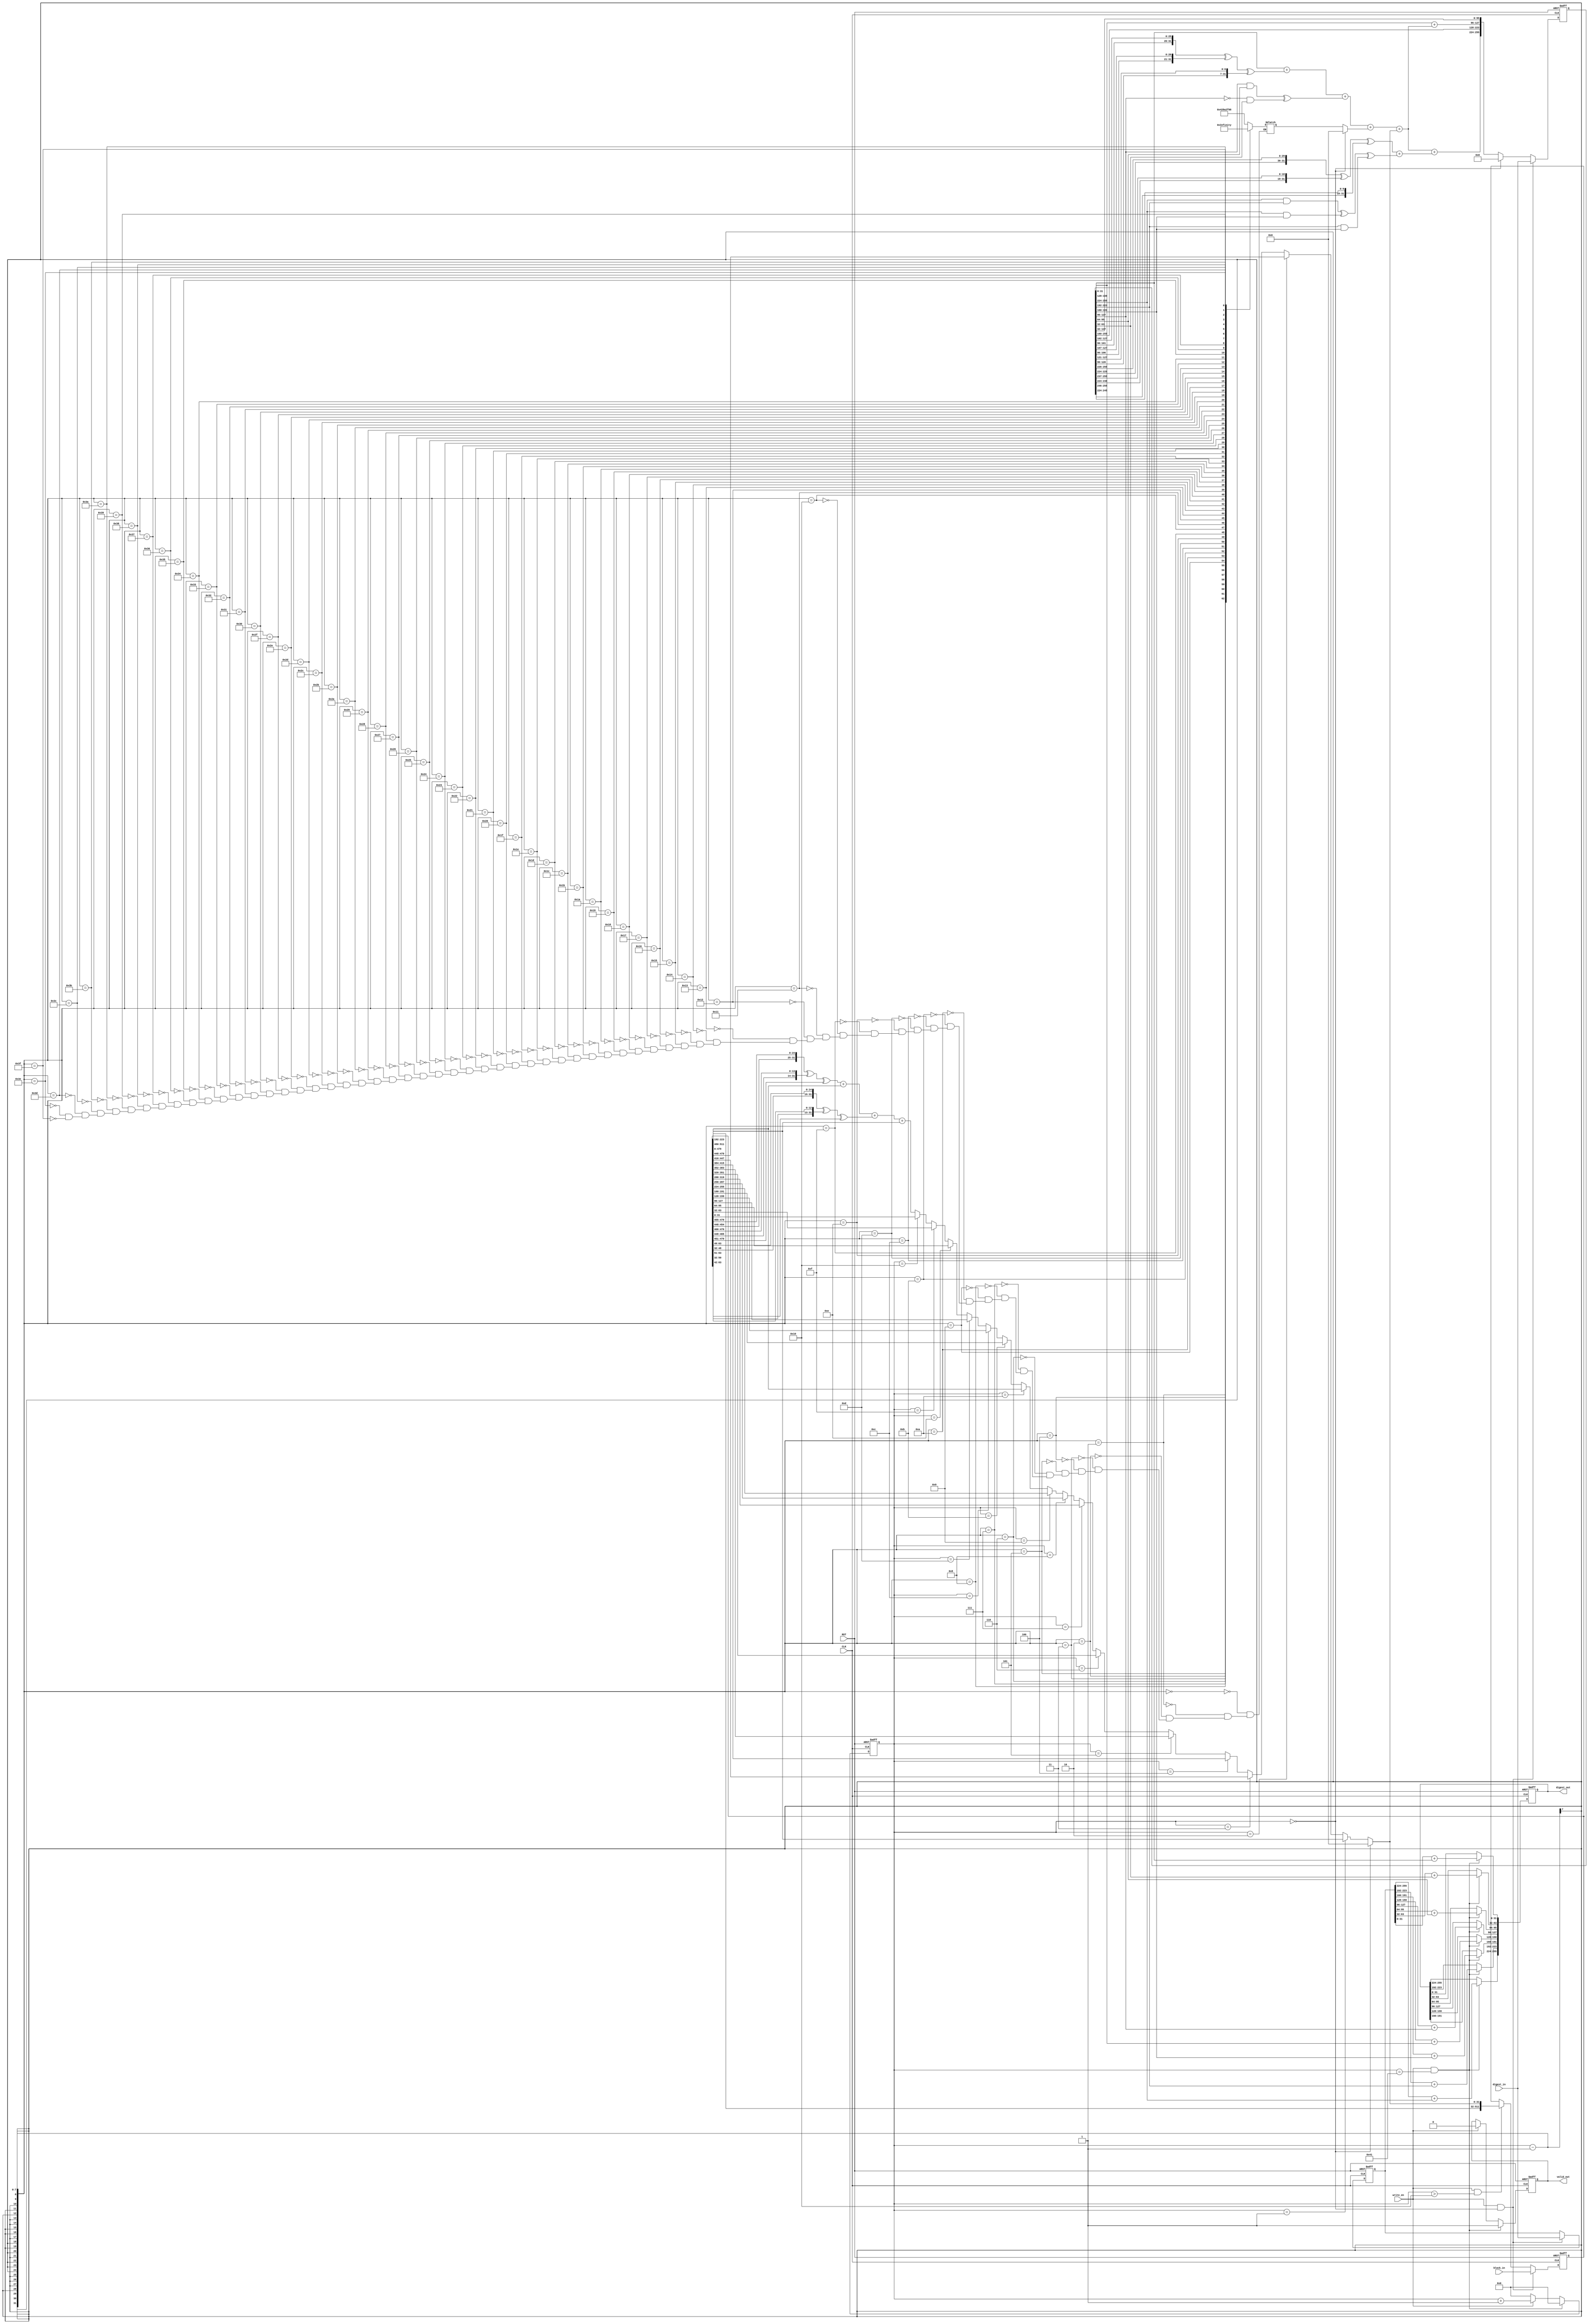
//-------------------------------------------------------------------------------------------------//
//  Project		: SHA-2																		       //
//  Description	: Pipeline technique-based SHA256 Core for Blockchain 				    		   //
//  Referents	: none.																		       //
//-------------------------------------------------------------------------------------------------//

module sha256_1(
						input 	wire 			CLK,
						input	wire			RST,
						input	wire			write_en,
						input	wire	[511:0]	block_in,
						input	wire	[255:0]	digest_in,
						output	wire	[255:0]	digest_out,
						output  wire            valid_out
);

	
	//////Expander
	
	wire [31:0] d0_256;
	wire [31:0] d1_256;
	
	wire 	[31:0]  w_i;
	
	wire 	[31:0]  w1;
	wire 	[31:0]  w2;
	wire 	[31:0]  w3;
	wire 	[31:0]  w4;
	wire 	[31:0]  w5;
	wire 	[31:0]  w6;
	wire 	[31:0]  w7;
	wire 	[31:0]  w8;
	wire 	[31:0]  w9;
	wire 	[31:0]  w10;
	wire 	[31:0]  w11;
	wire 	[31:0]  w12;
	wire 	[31:0]  w13;
	wire 	[31:0]  w14;
	wire 	[31:0]  w15;
	wire 	[31:0]  w16;
	
	reg  [31:0] K;
	wire [31:0] K_i;
	wire [511:0] block_out_wire;
	wire [255:0] digest_out_wire;
	
	reg [255:0] digest_out_reg;
	reg [511:0] block_in_reg;
	reg [6:0] counter_reg;
	reg [255:0] digest_in_reg;
	reg [255:0] digest_initial_reg;
	reg        valid_out_reg;
	
	assign w1 = block_in_reg[511:480];
	assign w2 = block_in_reg[479:448];
	assign w3 = block_in_reg[447:416];
	assign w4 = block_in_reg[415:384];
	assign w5 = block_in_reg[383:352];
	assign w6 = block_in_reg[351:320];
	assign w7 = block_in_reg[319:288];
	assign w8 = block_in_reg[287:256];
	assign w9 = block_in_reg[255:224];
	assign w10 = block_in_reg[223:192];
	assign w11 = block_in_reg[191:160];
	assign w12 = block_in_reg[159:128];
	assign w13 = block_in_reg[127:96];
	assign w14 = block_in_reg[95:64];
	assign w15 = block_in_reg[63:32];
	assign w16 = block_in_reg[31:0];
	
	
	assign d0_256 = {w2[6:0],w2[31:7],w2[6:0],w2[31:7]}^{w2[17:0],w2[31:18],w2[17:0],w2[31:18]}^{3'b000,w2[31:3],3'b000,w2[31:3]};
	assign d1_256 = {w15[16:0],w15[31:17],w15[16:0],w15[31:17]}^{w15[18:0],w15[31:19],w15[18:0],w15[31:19]}^{10'b0000000000,w15[31:10],10'b0000000000,w15[31:10]};

	
	//////

	assign w_i = 	(counter_reg==0) ?   0:
	                (counter_reg==1) ?   w1: 
					(counter_reg==2) ?   w2:
					(counter_reg==3) ?   w3:
					(counter_reg==4) ?   w4:
					(counter_reg==5) ?   w5:
					(counter_reg==6) ?   w6:
					(counter_reg==7) ?   w7:
					(counter_reg==8) ?   w8:
					(counter_reg==9) ?   w9:
					(counter_reg==10) ?   w10:
					(counter_reg==11) ?   w11:
					(counter_reg==12) ?   w12:
					(counter_reg==13) ?   w13:
					(counter_reg==14) ?   w14:
					(counter_reg==15) ?   w15:
					(counter_reg==16) ?   w16: d0_256 + w10 + d1_256 + w1;  

	//////
	assign block_out_wire = {w2,w3,w4,w5,w6,w7,w8,w9,w10,w11,w12,w13,w14,w15,w16,w_i};
	

	
	always @(posedge CLK or negedge RST) 
	begin
		if(RST == 1'b0) begin
			block_in_reg <= 512'b0;
		end
		else begin
			if(write_en == 1'b1 && counter_reg== 0) begin
				block_in_reg <= block_in;
			end
			else if(write_en == 1'b1 && counter_reg > 16) begin
				block_in_reg <= block_out_wire;
			end
			else begin
				block_in_reg <= block_in_reg;
			end
		end
	end
	
	///// Compressor
	
	
	wire 	[31:0]  a;
	wire 	[31:0]  b;
	wire 	[31:0]  c;
	wire 	[31:0]  d;
	wire 	[31:0]  e;
	wire 	[31:0]  f;
	wire 	[31:0]  g;
	wire 	[31:0]  h;
	
	wire 	[31:0]  updated_a;
	wire 	[31:0]  updated_b;
	wire 	[31:0]  updated_c;
	wire 	[31:0]  updated_d;
	wire 	[31:0]  updated_e;
	wire 	[31:0]  updated_f;
	wire 	[31:0]  updated_g;
	wire 	[31:0]  updated_h;
	
	wire 	[31:0]  sum_0;
	wire 	[31:0]  sum_1;
	wire	[31:0]  ch;
	wire	[31:0]  maj;
	wire	[31:0]  T1;
	wire	[31:0]  T2;
	
	assign a = digest_in_reg[255:224];
	assign b = digest_in_reg[223:192];
	assign c = digest_in_reg[191:160];
	assign d = digest_in_reg[159:128];
	assign e = digest_in_reg[127:96];
	assign f = digest_in_reg[95:64];
	assign g = digest_in_reg[63:32];
	assign h = digest_in_reg[31:0];
	
	/////////
	
	assign sum_1 = {e[5:0],e[31:6]} ^ {e[10:0], e[31:11]} ^ {e[24:0], e[31:25]};
	assign sum_0 = {a[1:0], a[31:2]} ^ {a[12:0], a[31:13]} ^ {a[21:0], a[31:22]};
	assign ch    = (e & f) ^ ((~e) & g);
	assign maj	 = (a & b) ^ (a & c) ^ (b & c);
	
	/////////
	
	assign T1 = h + sum_1 + ch + K_i + w_i;
	assign T2 = sum_0 + maj;  
	
	/////////
	
	assign updated_a = T1 + T2;  
	assign updated_e = d + T1;  
	assign updated_b = a;
	assign updated_c = b;
	assign updated_d = c;
	assign updated_f = e;
	assign updated_g = f;
	assign updated_h = g;
	
	////////

	assign digest_out_wire = (counter_reg ==0)?0:{updated_a,updated_b,updated_c,updated_d,updated_e,updated_f,updated_g,updated_h};
	

	
  	always @(posedge CLK or negedge RST) 
	begin
		if(RST == 1'b0) begin
			counter_reg <= 6'b0;
			valid_out_reg <= 1'b0;
			digest_out_reg <= 256'b0;
		end
		else begin
			if(write_en == 1'b1 && counter_reg == 65) begin
                        counter_reg <= 0;
                        valid_out_reg <= 1'b1;
						digest_out_reg[255:224] <=  digest_initial_reg[255:224] +a;
						digest_out_reg[223:192] <= digest_initial_reg[223:192] + b;
						digest_out_reg[191:160] <= digest_initial_reg[191:160] + c;
						digest_out_reg[159:128] <= digest_initial_reg[159:128] + d;
						digest_out_reg[127:96] <= digest_initial_reg[127:96] + e;
						digest_out_reg[95:64] <= digest_initial_reg[95:64] + f;
						digest_out_reg[63:32] <= digest_initial_reg[63:32] + g;
						digest_out_reg[31:0] <= digest_initial_reg[31:0] + h;
					
            end
			else if(write_en == 1'b1) begin
				counter_reg <= counter_reg + 1;
				valid_out_reg <= 1'b0;
				digest_out_reg <= digest_out_reg;
			end
            else begin
                counter_reg <= 0;
                valid_out_reg <= valid_out_reg;
                digest_out_reg <= digest_out_reg;
            end
		end
	end
	
    assign valid_out = valid_out_reg;
    assign digest_out = digest_out_reg;
	
	always @(posedge CLK or negedge RST) 
	begin
		if(RST == 1'b0) begin
			digest_in_reg <= 256'b0;
			digest_initial_reg<= 256'b0;
		end
		else begin
			if(write_en == 1'b1 && counter_reg== 0) begin
				digest_in_reg <= digest_in;
				digest_initial_reg<= digest_in;
			end
			else begin
				digest_in_reg <= digest_out_wire;
			end
		end
	end
	

	
	assign K_i = (counter_reg==0)? 0: K;
	
	always @*

    begin 

      case(counter_reg-1)

        00: K = 32'h428a2f98;
        01: K = 32'h71374491;
        02: K = 32'hb5c0fbcf;
        03: K = 32'he9b5dba5;
        04: K = 32'h3956c25b;
        05: K = 32'h59f111f1;
        06: K = 32'h923f82a4;
        07: K = 32'hab1c5ed5;
        08: K = 32'hd807aa98;
        09: K = 32'h12835b01;
        10: K = 32'h243185be;
        11: K = 32'h550c7dc3;
        12: K = 32'h72be5d74;
        13: K = 32'h80deb1fe;
        14: K = 32'h9bdc06a7;
        15: K = 32'hc19bf174;
        16: K = 32'he49b69c1;
        17: K = 32'hefbe4786;
        18: K = 32'h0fc19dc6;
        19: K = 32'h240ca1cc;
        20: K = 32'h2de92c6f;
        21: K = 32'h4a7484aa;
        22: K = 32'h5cb0a9dc;
        23: K = 32'h76f988da;
        24: K = 32'h983e5152;
        25: K = 32'ha831c66d;
        26: K = 32'hb00327c8;
        27: K = 32'hbf597fc7;
        28: K = 32'hc6e00bf3;
        29: K = 32'hd5a79147;
        30: K = 32'h06ca6351;
        31: K = 32'h14292967;
        32: K = 32'h27b70a85;
        33: K = 32'h2e1b2138;
        34: K = 32'h4d2c6dfc;
        35: K = 32'h53380d13;
        36: K = 32'h650a7354;
        37: K = 32'h766a0abb;
        38: K = 32'h81c2c92e;
        39: K = 32'h92722c85;
        40: K = 32'ha2bfe8a1;
        41: K = 32'ha81a664b;
        42: K = 32'hc24b8b70;
        43: K = 32'hc76c51a3;
        44: K = 32'hd192e819;
        45: K = 32'hd6990624;
        46: K = 32'hf40e3585;
        47: K = 32'h106aa070;
        48: K = 32'h19a4c116;
        49: K = 32'h1e376c08;
        50: K = 32'h2748774c;
        51: K = 32'h34b0bcb5;
        52: K = 32'h391c0cb3;
        53: K = 32'h4ed8aa4a;
        54: K = 32'h5b9cca4f;
        55: K = 32'h682e6ff3;
        56: K = 32'h748f82ee;
        57: K = 32'h78a5636f;
        58: K = 32'h84c87814;
        59: K = 32'h8cc70208;
        60: K = 32'h90befffa;
        61: K = 32'ha4506ceb;
        62: K = 32'hbef9a3f7;
        63: K = 32'hc67178f2;
		
      endcase
    end




endmodule